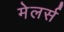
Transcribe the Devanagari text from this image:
मेलर्स